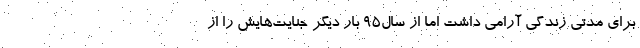
برای مدتی زندگی آرامی داشت اما از سال۹۵ بار دیگر جنایت‌هایش را از